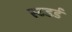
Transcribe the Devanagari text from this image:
स्टडर्ड